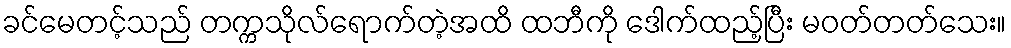
ခင်မေတင့်သည် တက္ကသိုလ်ရောက်တဲ့အထိ ထဘီကို ဒေါက်ထည့်ပြီး မဝတ်တတ်သေး။